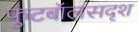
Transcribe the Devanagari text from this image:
फुटबॉलसदृश